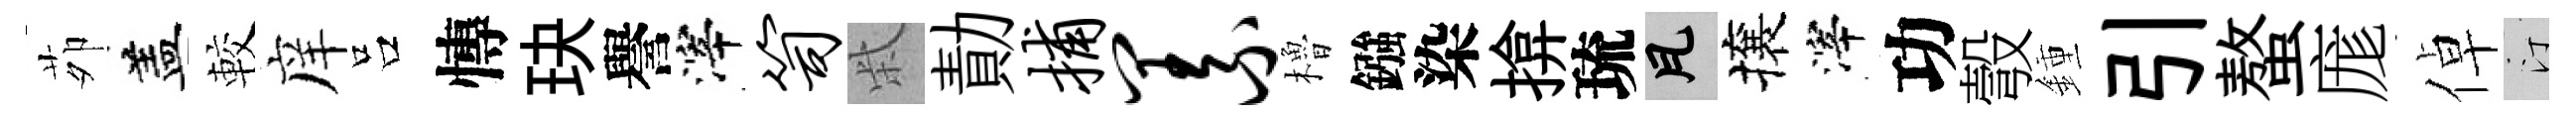
茆盖較庠吕慱玦譽滓笥柴勣捕义櫓鏹染揜琉瓦攘滓功彀鍾引螯庬倬汀